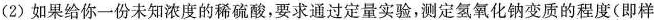
(2)如果给你一份未知浓度的稀硫酸，要求通过定量实验，测定氢氧化钠变质的程度(即样